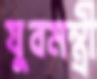
যুবমন্ত্রী